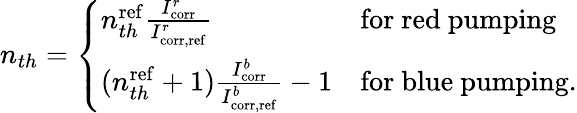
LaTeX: \begin{array}{r}{n_{th}=\left\{ \begin{array}{ll}{n_{th}^{\mathrm{ref}}\frac{I_{\mathrm{corr}}^{r}}{I_{\mathrm{corr,ref}}^{r}}}&{\mathrm{for~red~pumping}}\\ {(n_{th}^{\mathrm{ref}}+1)\frac{I_{\mathrm{corr}}^{b}}{I_{\mathrm{corr,ref}}^{b}}-1}&{\mathrm{for~blue~pumping.}}\end{array}\right.}\end{array}